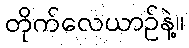
တိုက်လေယာဥ်နဲ့။